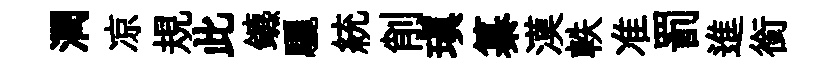
潤凉規此鑣驪統削瑱纂漠軼准罰進銜